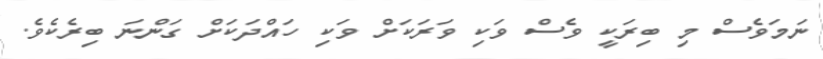
ނަމަވެސް މި ބިރަކީ ވެސް ވަކި ވަރަކަށް ވަކި ހައްދަކަށް ގަންނަ ބިރެކެވެ.